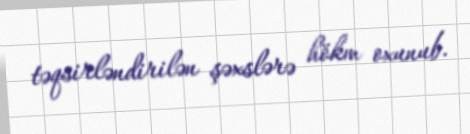
təqsirləndirilən şəxslərə hökm oxunub.